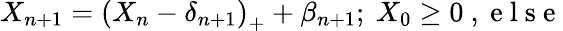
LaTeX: X_{n+1}=\left(X_{n}-\delta_{n+1}\right)_{+}+\beta_{n+1};\mathrm{~}X_{0}\geq 0\mathrm{~,~e~l~s~e~}